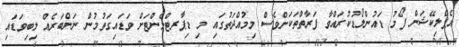
އެޕްލިކޭޝަން ފޯމު ޑައުންލޯޑުކުރައްވާ ފަރާތްތަކަށްވެސް މިމުއްދަތުގައި މި ޑިޕާރޓްމެންޓަށް ވަޑައިގަތުމުން ނަންބަރެއް ލިބިވަޑައި